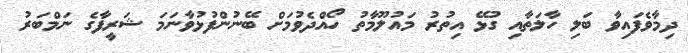
ދިމާވެފައިވާ ބަލި ހާލަތާއި ގުޅޭ އިތުރު މައުލޫމާތު ހޯއްދެވުމަށް ބޭނުންފުޅުވާނަމަ ޝަރީފާގެ ނަމްބަރު